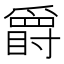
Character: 𱭇